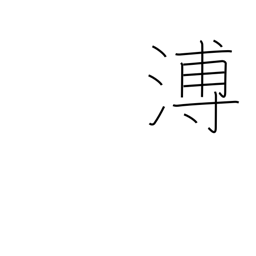
Meaning: far and wide